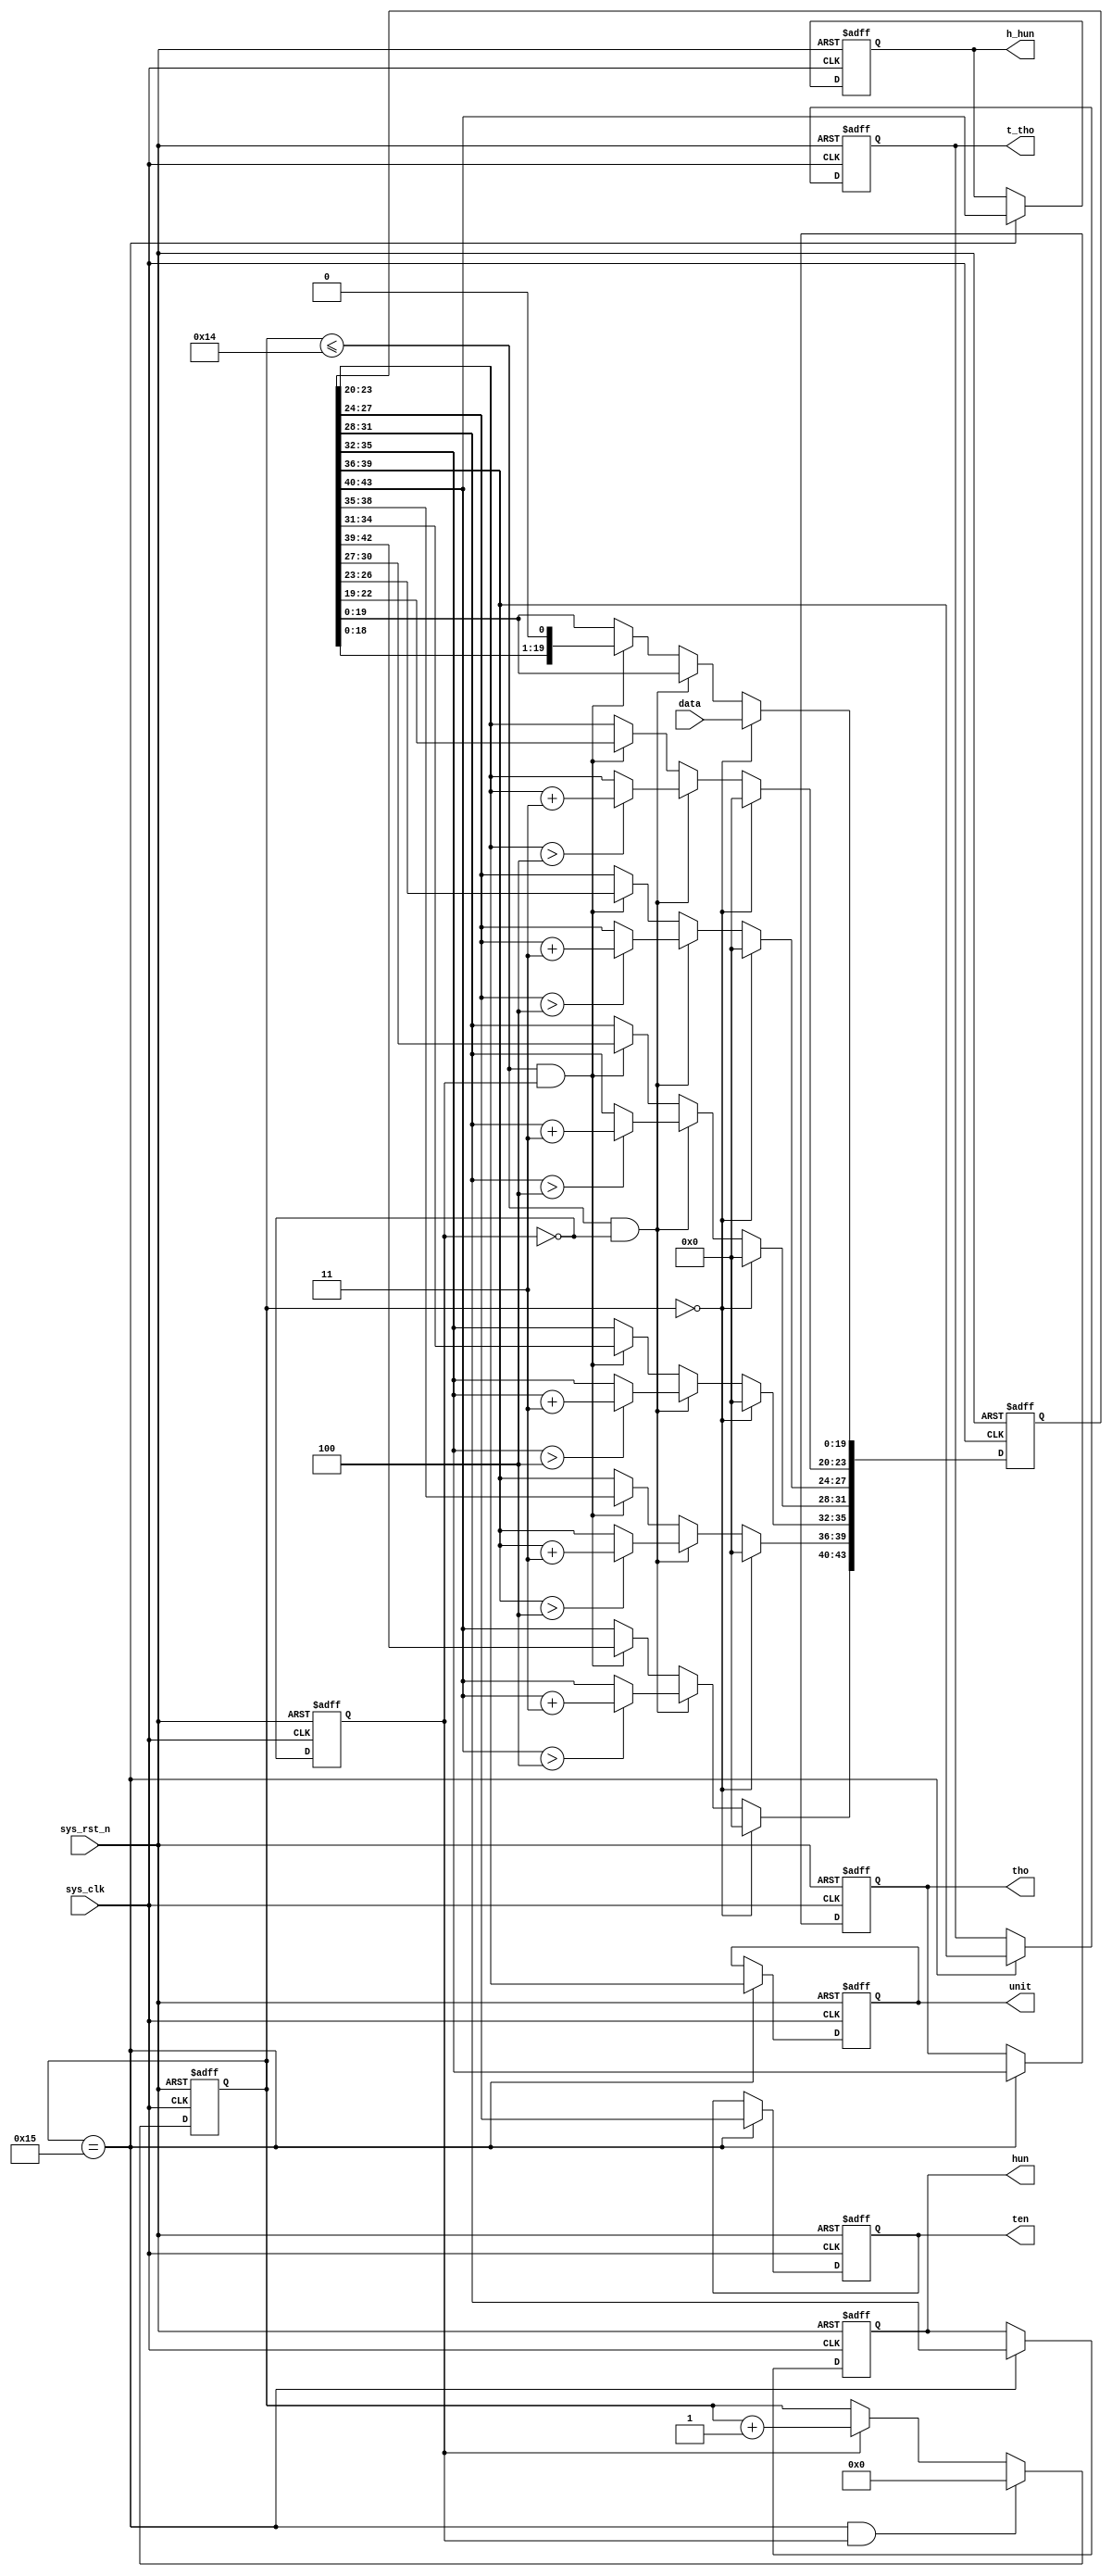
////////////////////////////////////////////////////////////////////////
// Module Name   : bcd_8421
// Description   : BCD
////////////////////////////////////////////////////////////////////////
`timescale  1ns/1ns

module  bcd_8421
(
    input   wire            sys_clk     ,   //50MHz
    input   wire            sys_rst_n   ,   //
    input   wire    [19:0]  data        ,   //

    output  reg     [3:0]   unit        ,   //BCD
    output  reg     [3:0]   ten         ,   //BCD
    output  reg     [3:0]   hun         ,   //BCD
    output  reg     [3:0]   tho         ,   //BCD
    output  reg     [3:0]   t_tho       ,   //BCD
    output  reg     [3:0]   h_hun           //BCD
);

//********************************************************************//
//******************** Parameter And Internal Signal *****************//
//********************************************************************//

//reg   define
reg     [4:0]   cnt_shift   ;   //
reg     [43:0]  data_shift  ;   //
reg             shift_flag  ;   //

//********************************************************************//
//***************************** Main Code ****************************//
//********************************************************************//

//cnt_shift:021
always@(posedge sys_clk or negedge sys_rst_n)
    if(sys_rst_n == 1'b0)
        cnt_shift   <=  5'd0;
    else    if((cnt_shift == 5'd21) && (shift_flag == 1'b1))
        cnt_shift   <=  5'd0;
    else    if(shift_flag == 1'b1)
        cnt_shift   <=  cnt_shift + 1'b1;
    else
        cnt_shift   <=  cnt_shift;
       
//data_shift01~20
always@(posedge sys_clk or negedge sys_rst_n)
    if(sys_rst_n == 1'b0)
        data_shift  <=  44'b0;
    else    if(cnt_shift == 5'd0)
        data_shift  <=  {24'b0,data};
    else    if((cnt_shift <= 20) && (shift_flag == 1'b0))
        begin
            data_shift[23:20]   <=  (data_shift[23:20] > 4) ? (data_shift[23:20] + 2'd3) : (data_shift[23:20]);
            data_shift[27:24]   <=  (data_shift[27:24] > 4) ? (data_shift[27:24] + 2'd3) : (data_shift[27:24]);
            data_shift[31:28]   <=  (data_shift[31:28] > 4) ? (data_shift[31:28] + 2'd3) : (data_shift[31:28]);
            data_shift[35:32]   <=  (data_shift[35:32] > 4) ? (data_shift[35:32] + 2'd3) : (data_shift[35:32]);
            data_shift[39:36]   <=  (data_shift[39:36] > 4) ? (data_shift[39:36] + 2'd3) : (data_shift[39:36]);
            data_shift[43:40]   <=  (data_shift[43:40] > 4) ? (data_shift[43:40] + 2'd3) : (data_shift[43:40]);
        end
    else    if((cnt_shift <= 20) && (shift_flag == 1'b1))
        data_shift  <=  data_shift << 1;
    else
        data_shift  <=  data_shift;

//shift_flag
always@(posedge sys_clk or negedge sys_rst_n)
    if(sys_rst_n == 1'b0)
        shift_flag  <=  1'b0;
    else
        shift_flag  <=  ~shift_flag;

//20BCD
always@(posedge sys_clk or negedge sys_rst_n)
    if(sys_rst_n == 1'b0)
        begin
            unit    <=  4'b0;
            ten     <=  4'b0;
            hun     <=  4'b0;
            tho     <=  4'b0;
            t_tho   <=  4'b0;
            h_hun   <=  4'b0;
        end
    else    if(cnt_shift == 5'd21)
        begin
            unit    <=  data_shift[23:20];
            ten     <=  data_shift[27:24];
            hun     <=  data_shift[31:28];
            tho     <=  data_shift[35:32];
            t_tho   <=  data_shift[39:36];
            h_hun   <=  data_shift[43:40];
        end

endmodule